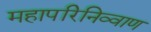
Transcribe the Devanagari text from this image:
महापरिनिव्वाण